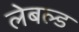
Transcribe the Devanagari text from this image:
लेबल्ड